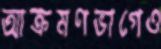
আক্রমণভাগেও